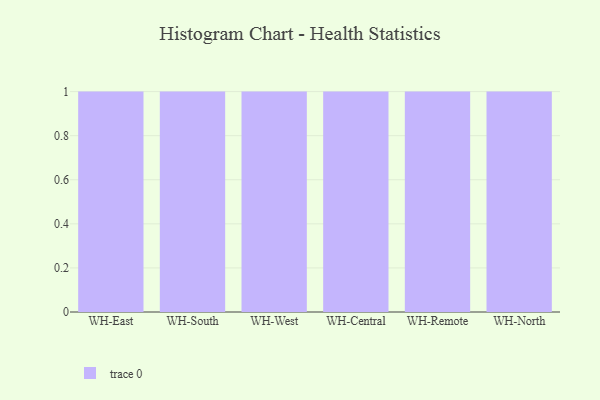
{"axis": {"x": "Warehouse", "y": "Waste Production (Tons)"}, "legend": [""], "data": [{"x": "WH-East", "y": 9, "type": ""}, {"x": "WH-South", "y": 48, "type": ""}, {"x": "WH-West", "y": 41, "type": ""}, {"x": "WH-Central", "y": 88, "type": ""}, {"x": "WH-Remote", "y": 46, "type": ""}, {"x": "WH-North", "y": 34, "type": ""}]}